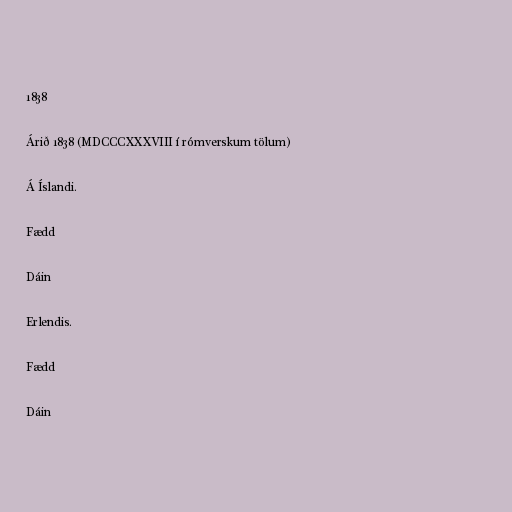
1838

Árið 1838 (MDCCCXXXVIII í rómverskum tölum)

Á Íslandi.

Fædd

Dáin

Erlendis.

Fædd

Dáin